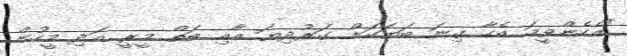
"އެހެންވީމަ އެހާ ގިނަ ބަޔަކަށް ގަރުދިޔަ އާއި ބަތް މީރީ އަދި މީހުން